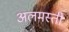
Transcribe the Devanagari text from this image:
अलमस्ती